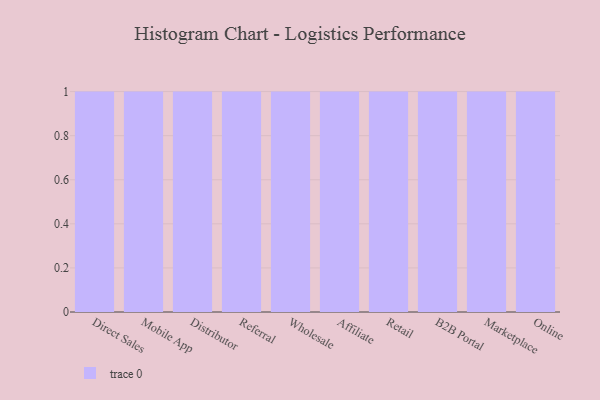
{"axis": {"x": "Channel", "y": "Active Users"}, "legend": [""], "data": [{"x": "Direct Sales", "y": 84, "type": ""}, {"x": "Mobile App", "y": 18, "type": ""}, {"x": "Distributor", "y": 74, "type": ""}, {"x": "Referral", "y": 1, "type": ""}, {"x": "Wholesale", "y": 57, "type": ""}, {"x": "Affiliate", "y": 62, "type": ""}, {"x": "Retail", "y": 9, "type": ""}, {"x": "B2B Portal", "y": 91, "type": ""}, {"x": "Marketplace", "y": 49, "type": ""}, {"x": "Online", "y": 92, "type": ""}]}